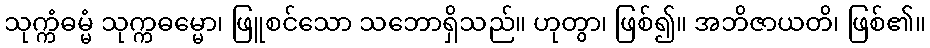
သုက္ကံဓမ္မံ သုက္ကဓမ္မော၊ ဖြူစင်သော သဘောရှိသည်။ ဟုတွာ၊ ဖြစ်၍။ အဘိဇာယတိ၊ ဖြစ်၏။